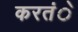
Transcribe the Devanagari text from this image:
करतंे